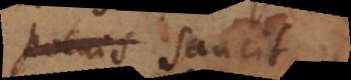
poenisque sancit,